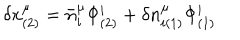
\delta x _ { ( 2 ) } ^ { \mu } = \bar { n } _ { i } ^ { \mu } \Phi _ { ( 2 ) } ^ { i } + \delta n _ { i ( 1 ) } ^ { \mu } \Phi _ { ( 1 ) } ^ { i }